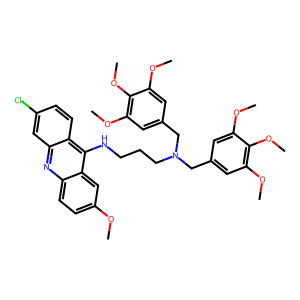
SMILES: COc1ccc2nc3cc(Cl)ccc3c(NCCCN(Cc3cc(OC)c(OC)c(OC)c3)Cc3cc(OC)c(OC)c(OC)c3)c2c1
Inhibits HIV replication: No